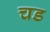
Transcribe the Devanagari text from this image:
चड